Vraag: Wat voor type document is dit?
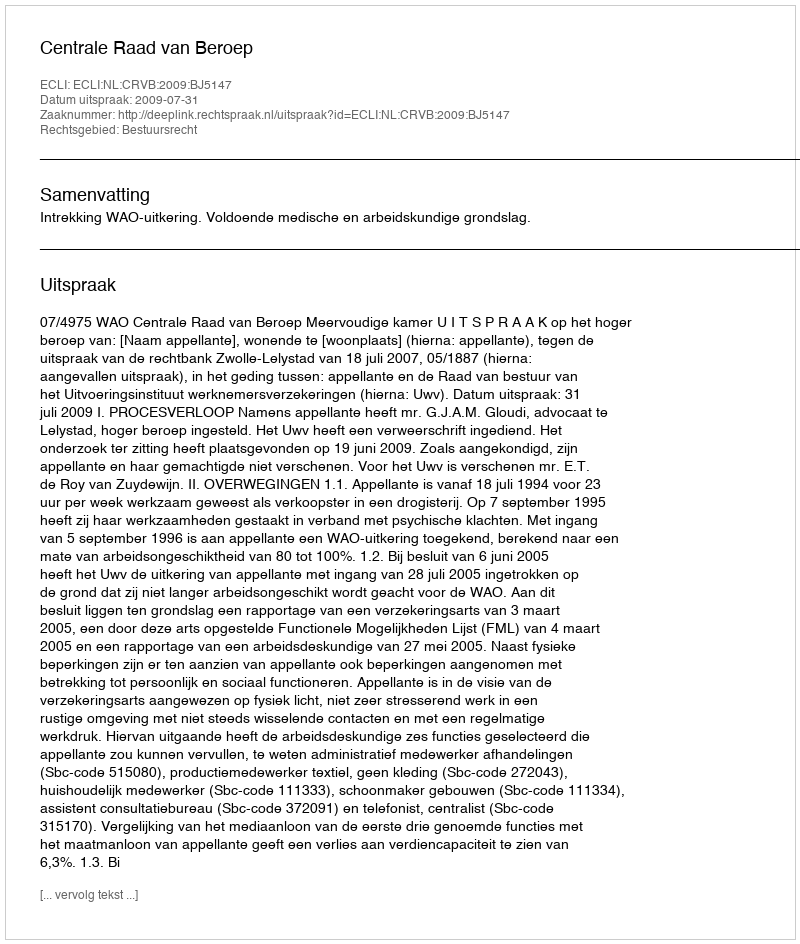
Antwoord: Uitspraak